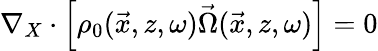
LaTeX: \begin{array}{r}{\nabla_{X}\cdot\left[\rho_{0}(\vec{x},z,\omega)\vec{\Omega}(\vec{x},z,\omega)\right]=0}\end{array}